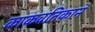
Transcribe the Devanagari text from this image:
काकवतिकानं